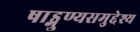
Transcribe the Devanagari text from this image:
षाड्गुण्यसमुद्देश्य